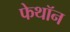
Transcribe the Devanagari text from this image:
फेथॉन